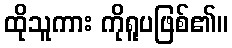
ထိုသူကား ကိုရူပဖြစ်၏။